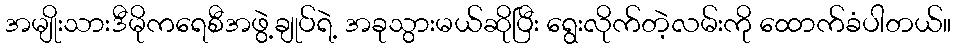
အမျိုးသားဒီမိုကရေစီအဖွဲ့ချုပ်ရဲ့ အခုသွားမယ်ဆိုပြီး ရွေးလိုက်တဲ့လမ်းကို ထောက်ခံပါတယ်။